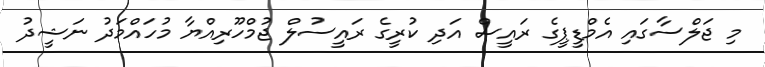
މި ޖަލްސާގައި އެމްޑީޕީގެ ރައީސް އަދި ކުރީގެ ރައީސުލް ޖުމްހޫރިއްޔާ މުހައްމަދު ނަޝީދު